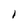
Character: l